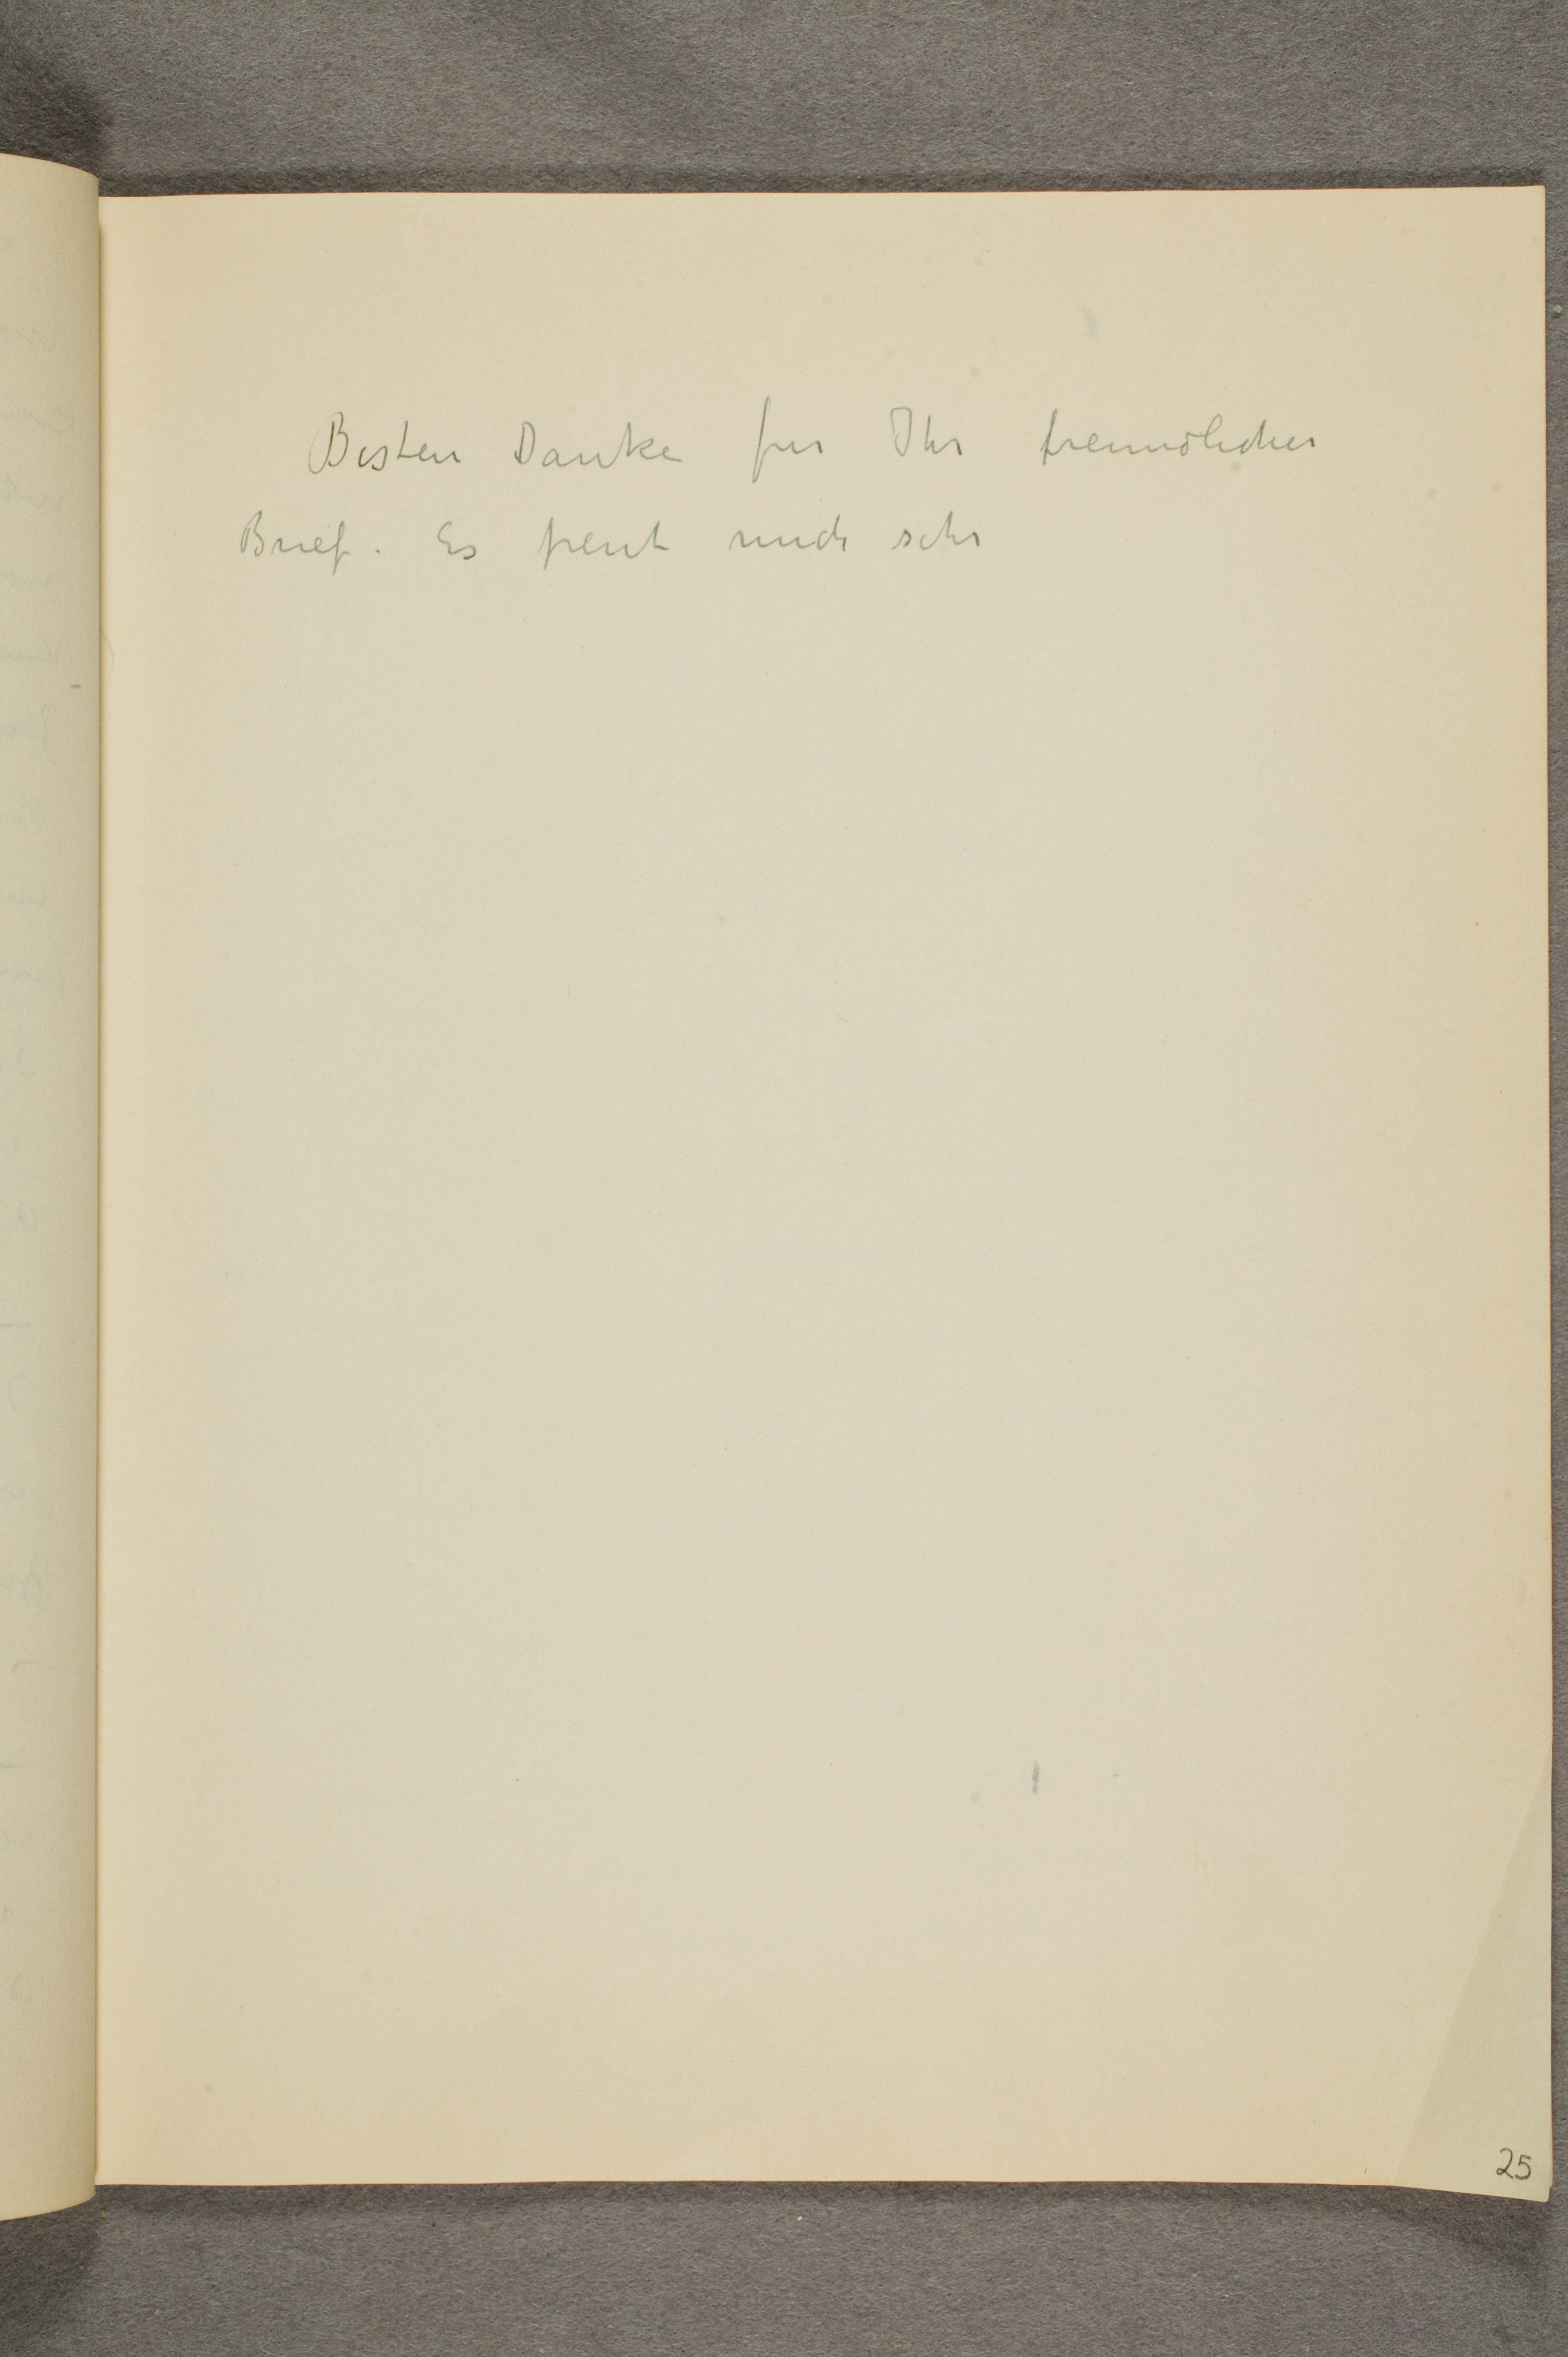
Besten Danke fur Ihr freundliches
Brief. Es freut mich sehr